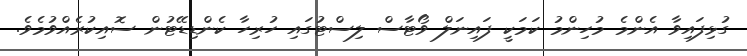
ގުޅިފައިވާ އެންމެ މުހިންމު ކަމަކީ ފައިނަލް ވޯޓާސް ލިސްޓުގައި ހުރިހާ ކެންޑިޑޭޓުން ސޮއިކުރެއްވުމެވެ.